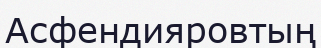
Асфендияровтың